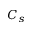
C _ { s }